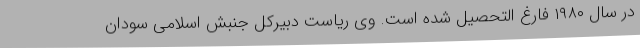
در سال ۱۹۸۰ فارغ التحصیل شده است. وی ریاست دبیرکل جنبش اسلامی سودان